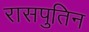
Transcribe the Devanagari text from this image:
रासपुतिन